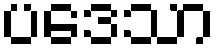
ပဒေသာ